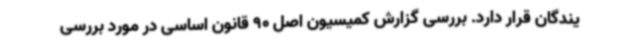
یندگان قرار دارد. بررسی گزارش کمیسیون اصل 90 قانون اساسی در مورد بررسی